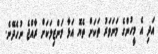
އަދި އެ މީހުންގެ މަނަވަރު ތަކަށް ތެޔޮ އަޅާ މަންޒިލަކަށް ރާއްޖެ ނުހެދޭނެ.